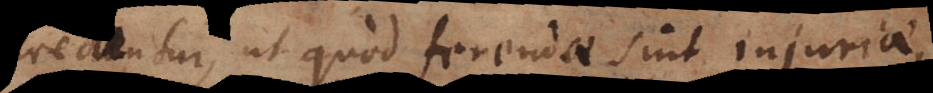
creduntur, ut quod ferendae sint injuriae,